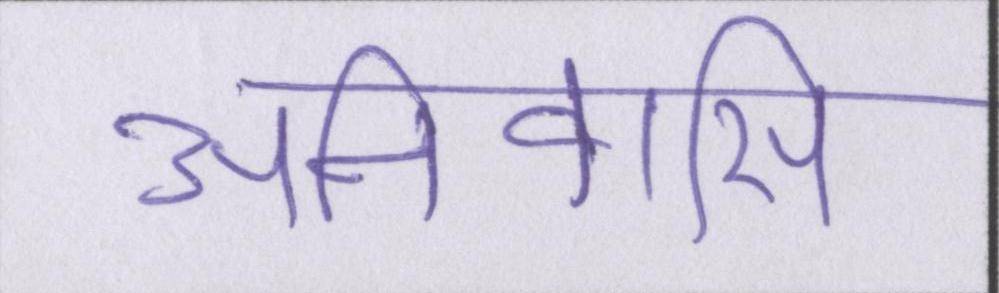
अनिवासी